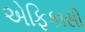
એફિકાસી